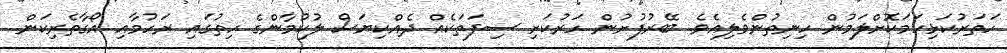
ހަތަރުކަޅިހަމަކޮށްލަމުން ހިނިތުންވެލިއެވެ. ބޭރުފުށުން ހަރުކަށި ސިފަތަކެއް ދެއްކިޔަސް ލުކުމާންގެ ހިތުގައި ރަހުމާއި އޯގާތެރިކަން